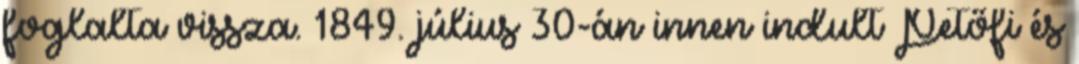
foglalta vissza. 1849. július 30-án innen indult Petőfi és